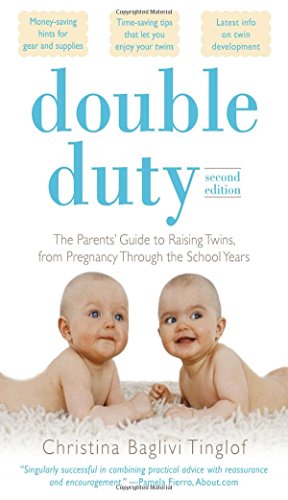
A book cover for Double Duty: The Parents' Guide to Raising Twins, from Pregnancy through the School Years (2nd Edition); Christina Tinglof; Parenting & Relationships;